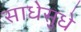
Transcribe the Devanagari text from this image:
साधेसुधे